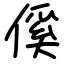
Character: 傒